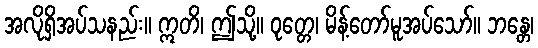
အလိုရှိအပ်သနည်း။ ဣတိ၊ ဤသို့။ ဝုတ္တေ၊ မိန့်တော်မူအပ်သော်။ ဘန္တေ၊